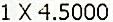
1 X 4.5000